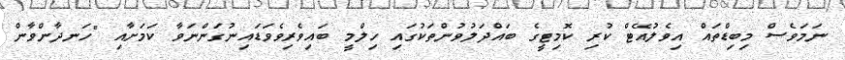
ނަމަވެސް މިބިޑްތައް އިވެލުއޭޓް ކުރި ކޮމިޓީގެ ބައްދަލުވުންތަކުގައި ހިލްމީ ބައިވެރިވެވަޑައިނުގަންނަވާ ކަމަށާއި "ހަނދާންވާން